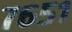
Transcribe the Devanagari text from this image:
७६५१